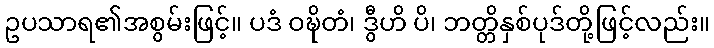
ဥပသာရ၏အစွမ်းဖြင့်။ ပဒံ ဝဍ္ဎိတံ၊ ဒွီဟိ ပိ၊ ဘတ္တိနှစ်ပုဒ်တို့ဖြင့်လည်း။